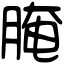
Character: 腌